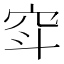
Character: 𱶲